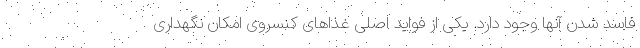
فاسد شدن آنها وجود دارد. یکی از فواید اصلی غذاهای کنسروی امکان نگهداری